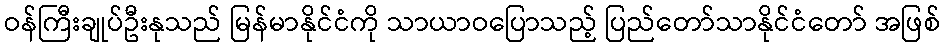
ဝန်ကြီးချုပ်ဦးနုသည် မြန်မာနိုင်ငံကို သာယာဝပြောသည့် ပြည်တော်သာနိုင်ငံတော် အဖြစ်